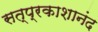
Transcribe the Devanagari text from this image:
सत्प्रकाशानंद